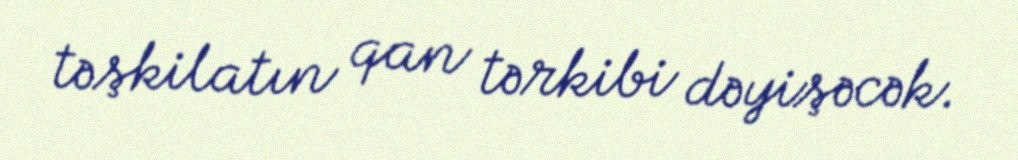
təşkilatın qan tərkibi dəyişəcək.